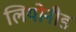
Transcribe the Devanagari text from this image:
लियोनीड